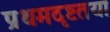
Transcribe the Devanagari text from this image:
प्रथमदृष्टतया